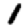
Digit: 1